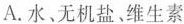
A.水、无机盐、维生素